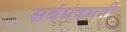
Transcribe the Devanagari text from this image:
सर्वमंत्रमयी